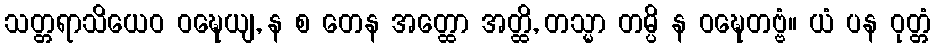
သတ္တရာသိယေဝ ဝဍ္ဎေယျ, န စ တေန အတ္ထော အတ္ထိ, တသ္မာ တမ္ပိ န ဝဍ္ဎေတဗ္ဗံ။ ယံ ပန ဝုတ္တံ